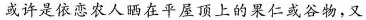
或许是依恋农人晒在平屋顶上的果仁或谷物，又